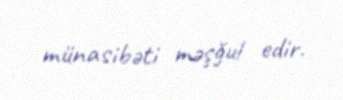
münasibəti məşğul edir.